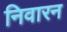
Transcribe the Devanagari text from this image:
निवारन